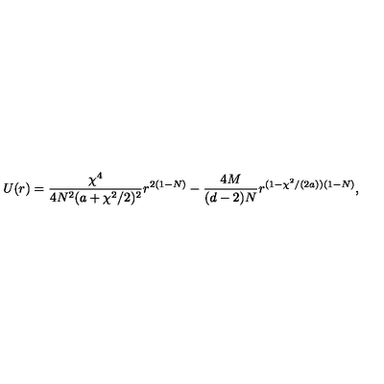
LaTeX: U ( r ) = \frac { \chi ^ { 4 } } { 4 N ^ { 2 } ( a + \chi ^ { 2 } / 2 ) ^ { 2 } } r ^ { 2 ( 1 - N ) } - \frac { 4 M } { ( d - 2 ) N } r ^ { ( 1 - \chi ^ { 2 } / ( 2 a ) ) ( 1 - N ) } ,